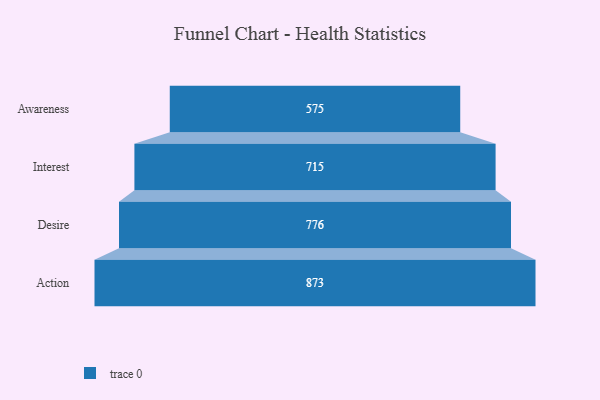
{"axis": {"x": "Stage", "y": "Value"}, "legend": [""], "data": [{"x": "Awareness", "y": 575.0, "type": ""}, {"x": "Interest", "y": 715.0, "type": ""}, {"x": "Desire", "y": 776.0, "type": ""}, {"x": "Action", "y": 873.0, "type": ""}]}